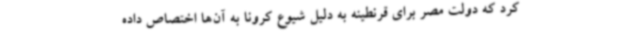
کرد که دولت مصر برای قرنطینه به دلیل شیوع کرونا به آن‌ها اختصاص داده